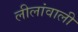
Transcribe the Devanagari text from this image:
लीलांवाली